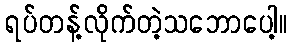
ရပ်တန့်လိုက်တဲ့သဘောပေါ့။